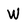
Character: W